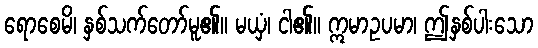
ရောစေမိ၊ နှစ်သက်တော်မူ၏။ မယှံ၊ ငါ၏။ ဣမာဥပမာ၊ ဤနှစ်ပါးသော